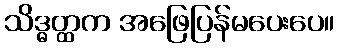
သိဒ္ဓတ္ထက အဖြေပြန်မပေးပေ။